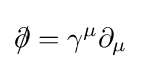
\partial \!\!\!/=\gamma ^{\mu }\partial _{\mu }